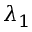
\lambda _ { 1 }